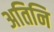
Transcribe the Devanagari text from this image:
अतिनि